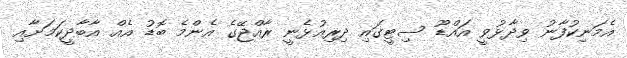
އެމަނިކުފާނު ވިދާޅުވީ އައްޑޫ ސިޓީގައި ދިރިއުޅެނީ ރާއްޖޭގެ އެންމެ ބޮޑު އެއް އާބާދީކަމަށާއި